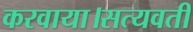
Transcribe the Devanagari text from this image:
करवाया।सत्यवती